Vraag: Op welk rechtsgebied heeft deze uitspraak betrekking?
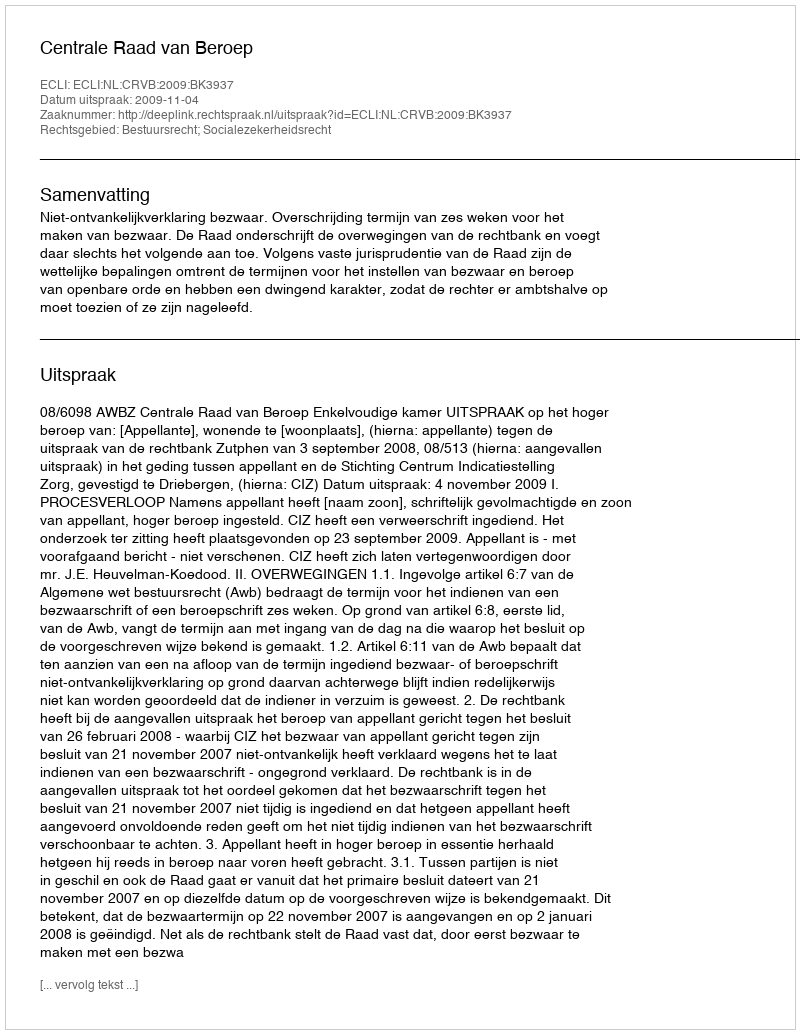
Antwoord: Bestuursrecht; Socialezekerheidsrecht